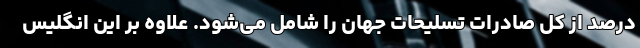
درصد از کل صادرات تسلیحات جهان را شامل می‌شود. علاوه بر این انگلیس